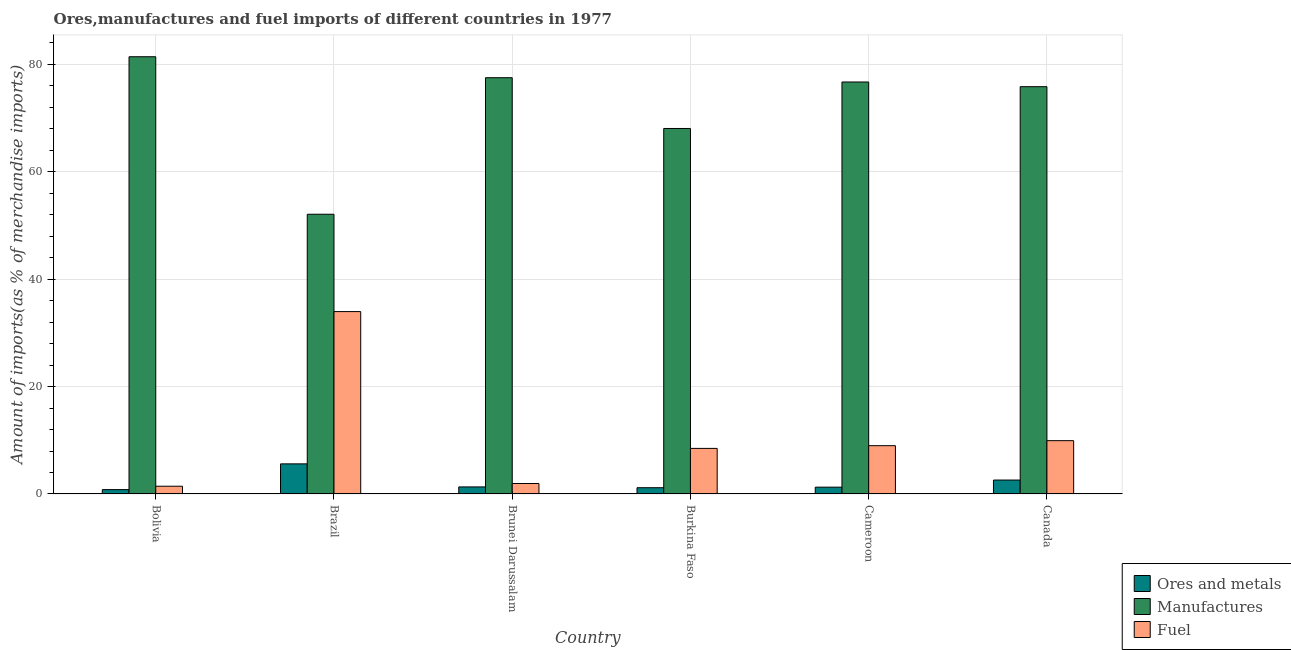
| Country | Ores and metals | Manufactures | Fuel |
 | --- | --- | --- | --- |
 | Bolivia | 0.811 | 81.4 | 1.44 |
 | Brazil | 5.61 | 52.1 | 34 |
 | Brunei Darussalam | 1.31 | 77.5 | 1.95 |
 | Burkina Faso | 1.16 | 68.1 | 8.49 |
 | Cameroon | 1.27 | 76.7 | 8.99 |
 | Canada | 2.59 | 75.9 | 9.93 |